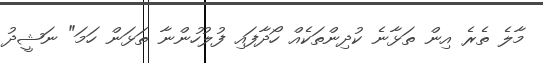
މާލެ ތެރެ އިން ތަޅާނެ ކުދިންތަކެއް ހޯދާފައި ފުލުހުންނާ ތަޅަން ހަމަ" ނަޝީދު